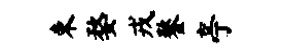
束婺戎鏊亭